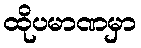
ထိုပမာဏမှာ